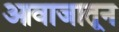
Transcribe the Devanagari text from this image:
आवाजातून